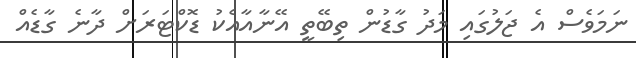
ނަމަވެސް އެ ޖަލުގައި މަދު ގާޑުން ތިބޭތީ އޭނާއާއެކު ޑޮކްޓަރަށް ދާނެ ގާޑެއް